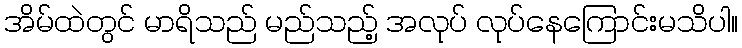
အိမ်ထဲတွင် မာရိသည် မည်သည့် အလုပ် လုပ်နေကြောင်းမသိပါ။